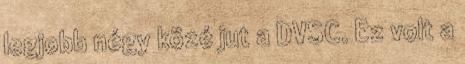
legjobb négy közé jut a DVSC. Ez volt a